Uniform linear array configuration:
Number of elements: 8
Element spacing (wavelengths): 0.75
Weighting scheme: kaiser
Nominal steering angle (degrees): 60
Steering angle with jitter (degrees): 59.787
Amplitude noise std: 0.05
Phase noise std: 0.05

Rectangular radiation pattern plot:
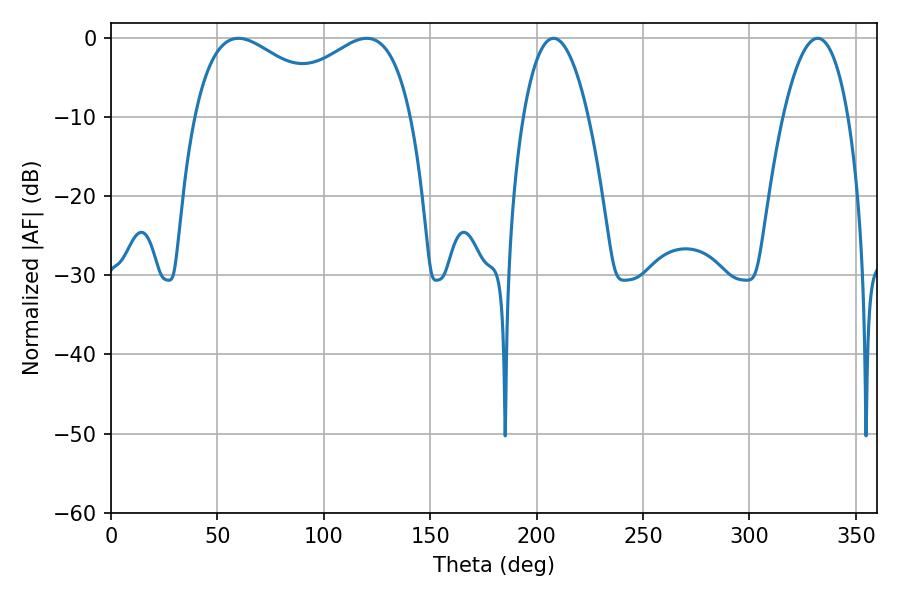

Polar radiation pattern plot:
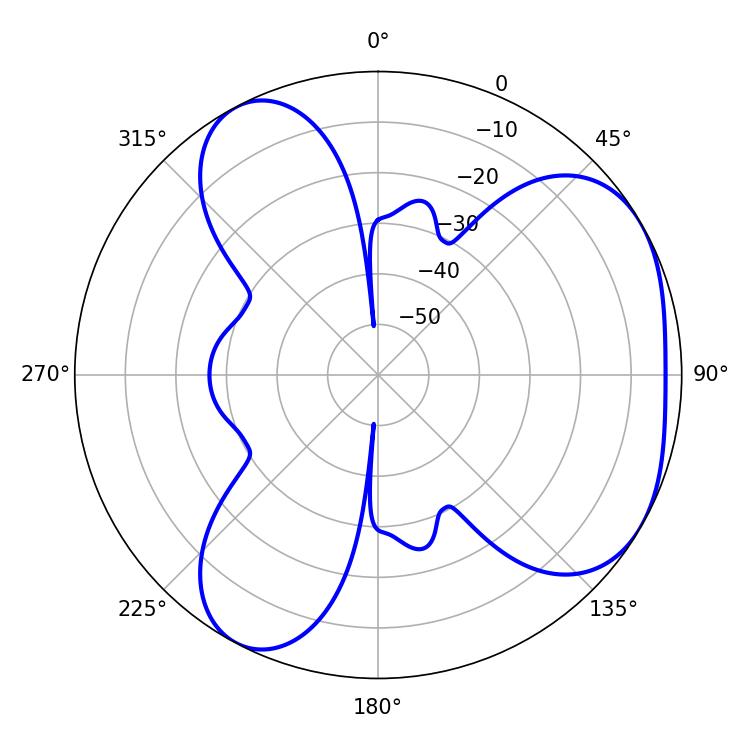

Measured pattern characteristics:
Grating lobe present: TRUE
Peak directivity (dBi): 4.262
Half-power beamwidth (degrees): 16.92
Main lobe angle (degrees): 207.9